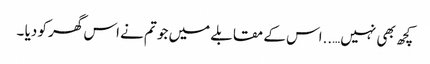
کچھ بھی نہیں…..اس کے مقابلے میں جو تم نے اس گھر کو دیا ۔